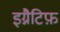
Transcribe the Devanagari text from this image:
इग्नैटिफ़